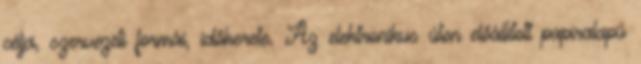
célja, szervezeti formái, időkerete. Az elektronikus úton előállított papíralapú